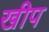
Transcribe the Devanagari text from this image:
खीप